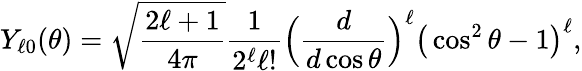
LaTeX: Y_{\ell 0}(\theta)=\sqrt{\frac{2\ell+1}{4\pi}}\frac{1}{2^{\ell}\ell!}\Big(\frac{d}{d\cos\theta}\Big)^{\ell}\big(\cos^{2}\theta-1\big)^{\ell},